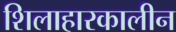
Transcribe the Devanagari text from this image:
शिलाहारकालीन